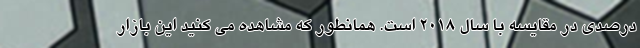
درصدی در مقایسه با سال 2018 است. همانطور که مشاهده می کنید این بازار